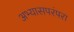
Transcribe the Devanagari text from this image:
अभ्यासपरंपरा